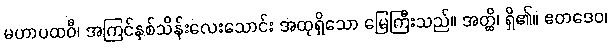
မဟာပထဝီ၊ အကြင်နှစ်သိန်းလေးသောင်း အထုရှိသော မြေကြီးသည်။ အတ္ထိ၊ ရှိ၏။ ဧတဒေဝ၊